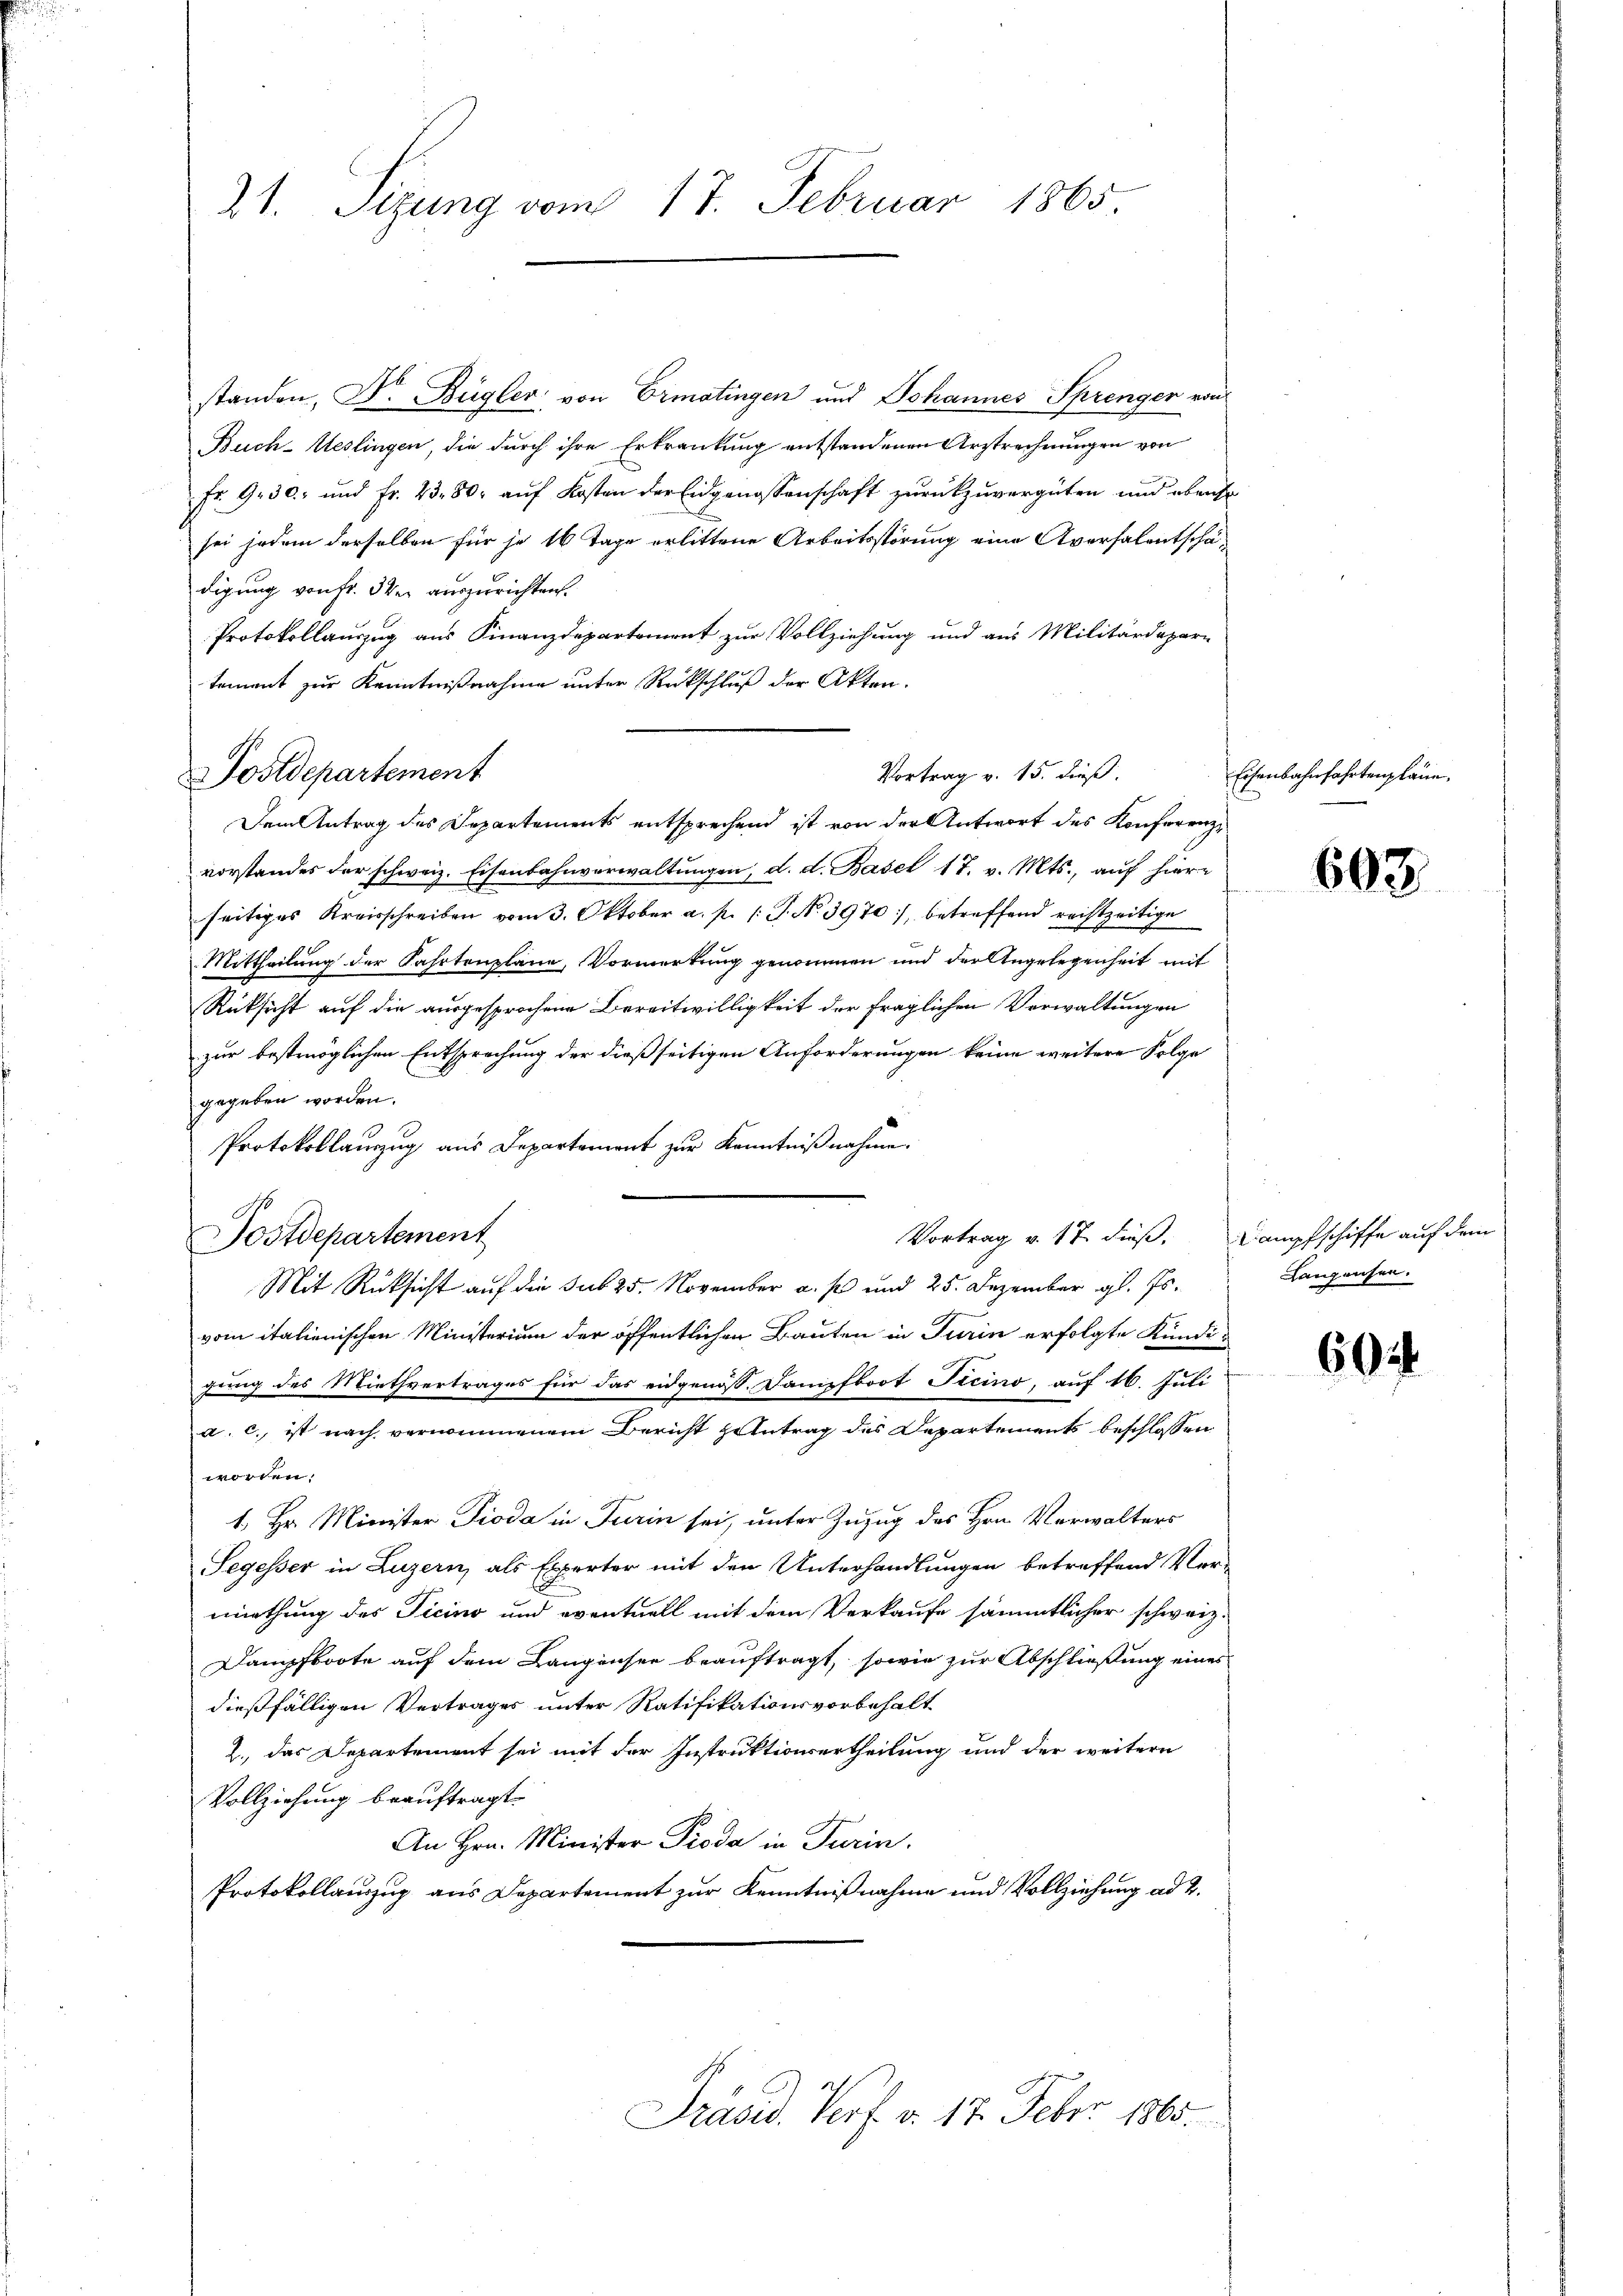
21. Sizung vom 17. Februar 1865.

standen, Dr. Bügler, von Ermatingen und Johannes Sprenger von
Buch-Ueslingen, die durch ihre Erkrankung entstandenen Arztrechnungen von
Fr. 9.30., und Fr. 23. 80 auf Kosten der Eidgenossenschaft zurückzuvergüten und ebenso
sei jedem derselben für je 16 Tage erlittene Arbeitsstörung eine Aversalentschädigung von Fr. 3ter auszurichten.
Protokollauszug aus Finanzdepartement zur Vollziehung und aus Militärdepari
tement zur Kenntnißnahme unter Rückschluß der Akten.
Dem Antrag des Departements entsprechend ist von der Antwort des Konferenzvorstandes der schweiz. Eisenbahnverwaltungen, d. d. Basel 17. v. Mts., auf hier-
seitiges Kreisschreiben vom 3. Oktober a. p. 1: J. No. 3970, betreffend rechtzeitige
Mittheilung der Fahrtenplane, Vormerkung genommen und der Angelegenheit mit
Rüksicht auf die ausgesprochene Bereitwilligkeit der fraglichen Verwaltungen
zur bestmöglichen Entsprechung der dießseitigen Anforderungen keine weitere Folge
gegeben worden.
Protokollauszug aus Departement zur Kenntnißnahme.
A
ostdepartement
Mit Rücksicht auf die sub 25. November a. f. und 25. Dezember gl. Js.
vom italienischen Ministerium der öffentlichen Bauten in Turin erfolgte Kündigung des Miethvertrages für das eidgenöss. Dampfboot Ticino, auf 16. Juli
a. c. ist nach vernommenem Bericht zentrag des Departements beschlossen
worden:
1. Hr. Minister Pioda in Turin sei, unter Zuzug des Hrn. Verwalters
Segesser in Luzern, als Experter mit den Unterhandlungen betreffend Ver-
miethung des Ticino und eventuell mit dem Verkaufe sämmtlicher schweiz.
Dampfboote auf dem Langensee beauftragt, sowie zur Abschließung eines
dießfälligen Vertrages unter Ratifikationsvorbehalt
2., das Departement sei mit der Instruktionsertheilung und der weitere
Vollziehung beauftragt.
An Hrn. Minister Proda in Turin.
Protokollauszug aus Departement zur Kenntnißnahme und Vollziehung ad 2.

Postdepartement

Vortrag v. 15. dieß.

Präsid. Porf. d. 17. Febr 1865.

Vortrag v. 17. dieß. Dampfschiffe auf dem

Eisenbahnfahrtenpläne.

603

Langensen.

60